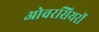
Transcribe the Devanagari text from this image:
ओवरसियरों